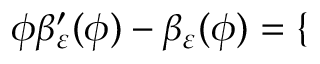
\phi \beta _ { \varepsilon } ^ { \prime } ( \phi ) - \beta _ { \varepsilon } ( \phi ) = \left\{ \begin{array} { r l r l } \end{array} \right.